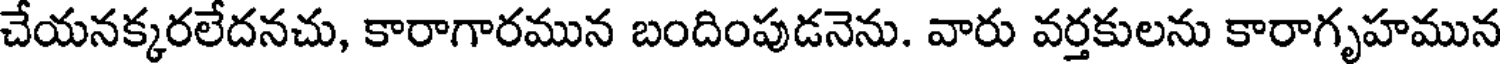
చేయనక్కరలేదనచు, కారాగారమున బందింపుడనెను. వారు వర్తకులను కారాగృహమున